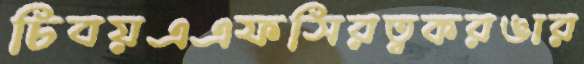
চিবয়এএফসিরত্বকরঙার